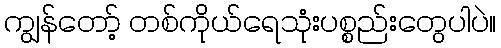
ကျွန်တော့် တစ်ကိုယ်ရေသုံးပစ္စည်းတွေပါပဲ။